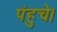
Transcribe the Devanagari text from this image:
पंहुचे।